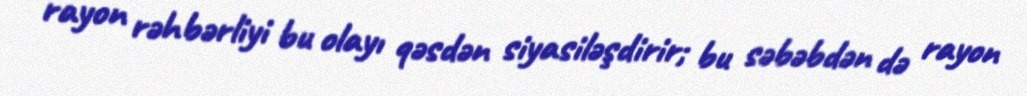
rayon rəhbərliyi bu olayı qəsdən siyasiləşdirir; bu səbəbdən də rayon